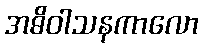
အဓိဝါသနကာလော